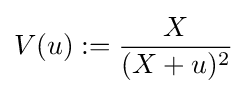
V(u):={\frac {X}{(X+u)^{2}}}